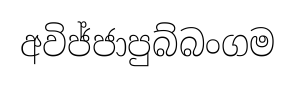
අවිජ්ජාපුබ්බංගම